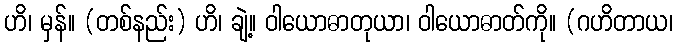
ဟိ၊ မှန်။ (တစ်နည်း) ဟိ၊ ချဲ့။ ဝါယောဓာတုယာ၊ ဝါယောဓာတ်ကို။ (ဂဟိတာယ၊